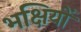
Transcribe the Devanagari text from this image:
भक्षियों